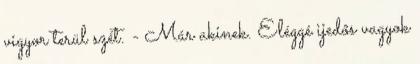
vigyor terül szét. - Már akinek. Eléggé ijedős vagyok